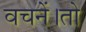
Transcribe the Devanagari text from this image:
वचनें।तो